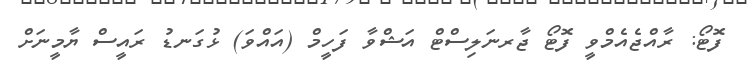
ފޮޓޯ: ރާއްޖެއެމްވީ ފޮޓޯ ޖާރނަލިސްޓް އަޝްވާ ފަހީމް (އައްވަ) ޅުގަނޑު ރައީސް ޔާމީނަށް